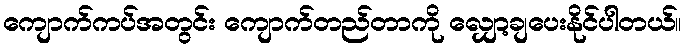
ကျောက်ကပ်အတွင်း ကျောက်တည်တာကို လျှော့ချပေးနိုင်ပါတယ်။